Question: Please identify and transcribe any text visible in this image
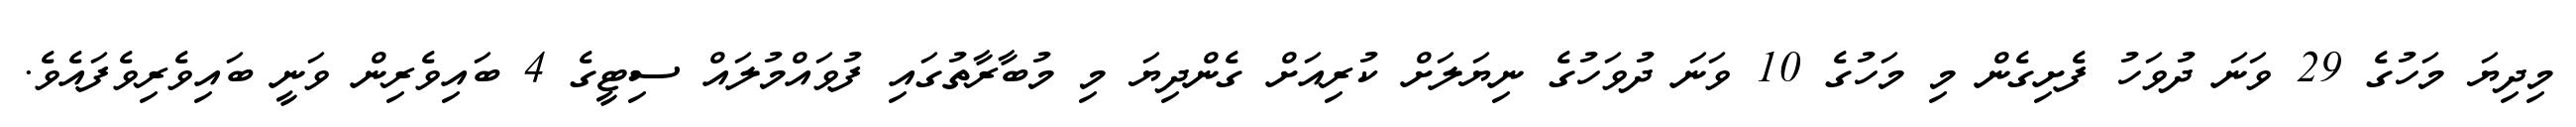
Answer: މިދިޔަ މަހުގެ 29 ވަނަ ދުވަހު ފެށިގެން މި މަހުގެ 10 ވަނަ ދުވަހުގެ ނިޔަލަށް ކުރިއަށް ގެންދިޔަ މި މުބާރާތުގައި ފުވައްމުލައް ސިޓީގެ 4 ބައިވެރިން ވަނީ ބައިވެރިވެފައެވެ.